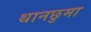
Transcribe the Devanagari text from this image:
थानछुमा